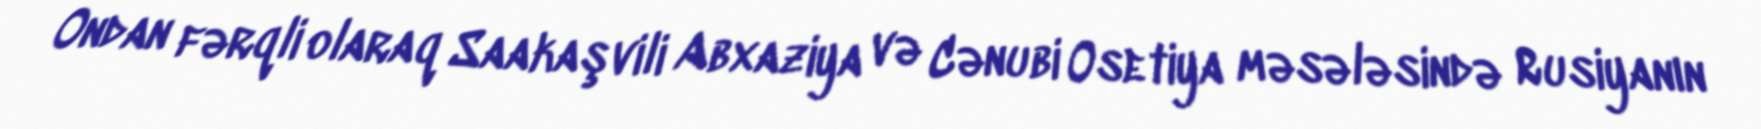
Ondan fərqli olaraq Saakaşvili Abxaziya və Cənubi Osetiya məsələsində Rusiyanın